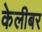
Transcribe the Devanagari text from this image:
केलीबर